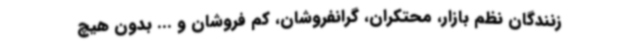
زنندگان نظم بازار، محتکران، گرانفروشان، کم فروشان و ... بدون هیچ